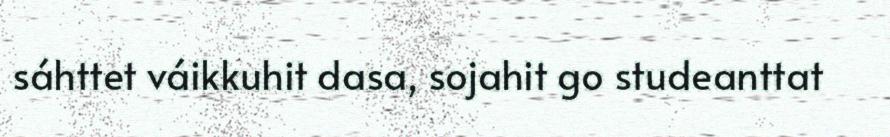
sáhttet váikkuhit dasa, sojahit go studeanttat